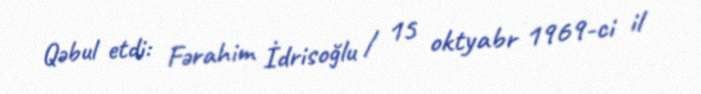
Qəbul etdi: Fərahim İdrisoğlu / 15 oktyabr 1969-ci il